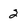
Character: 2